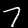
Label: 7